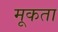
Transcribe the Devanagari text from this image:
मूकता